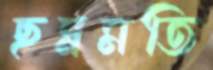
ছন্নমতি